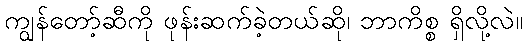
ကျွန်တော့်ဆီကို ဖုန်းဆက်ခဲ့တယ်ဆို၊ ဘာကိစ္စ ရှိလို့လဲ။